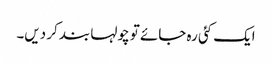
ایک کئی رہ جائے تو چولہا بند کر دیں۔